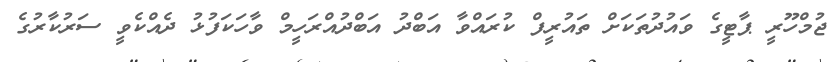
ޖުމްހޫރީ ޕާޓީގެ ވައުދުތަކަށް ތައުރީފް ކުރައްވާ އަބްދު އަބްދުއްރަހީމް ވާހަކަފުޅު ދެއްކެވީ ސަރުކާރުގެ